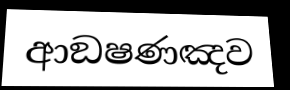
ආඞෂණඤව